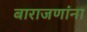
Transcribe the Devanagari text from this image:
बाराजणांना